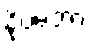
နိုဗမ်ဘာ